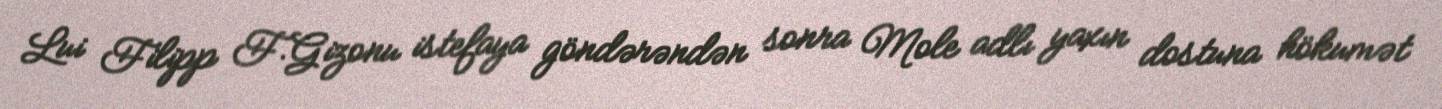
Lui Filipp F.Gizonu istefaya göndərəndən sonra Mole adlı yaxın dostuna hökumət